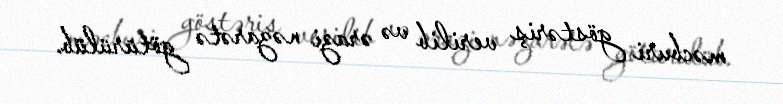
məcburi göstəriş verilib və ərazi nəzarətə götürülüb.